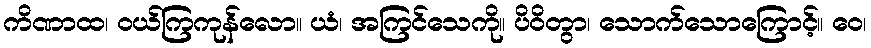
ကိဏာထ၊ ဝယ်ကြကုန်လော။ ယံ၊ အကြင်သေကို။ ပိဝိတွာ၊ သောက်သောကြောင့်။ ဝေ၊